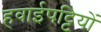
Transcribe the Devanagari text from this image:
हवाईपट्टियों